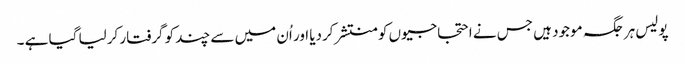
پولیس ہر جگہ موجود ہیں جس نے احتجاجیوں کو منتشر کردیا اور اُن میں سے چند کو گرفتار کرلیا گیا ہے ۔